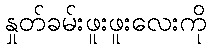
နှုတ်ခမ်းဖူးဖူးလေးကို